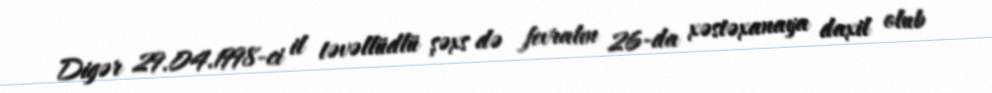
Digər 29.04.1998-ci il təvəllüdlü şəxs də fevralın 26-da xəstəxanaya daxil olub